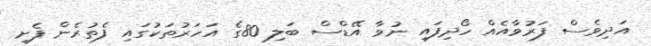
އަދިވެސް ފަރުވާއެއް ހޯދިފައި ނުވާ އޭޑްސް ބަލި 80ގެ އަހަރުތަކުގައި ފެތުރެން ފެށި